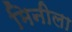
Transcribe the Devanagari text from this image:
मिनीला